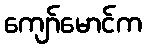
ကျော်မောင်က